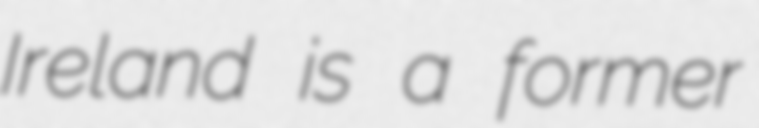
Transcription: Ireland is a former